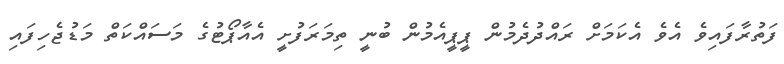
ފަތުރާފައިވެ އެވެ އެކަމަށް ރައްދުދެމުން ޕީޕީއެމުން ބުނީ ތިމަރަފުށީ އެއާޕޯޓުގެ މަސައްކަތް މަޑުޖެހިފައި